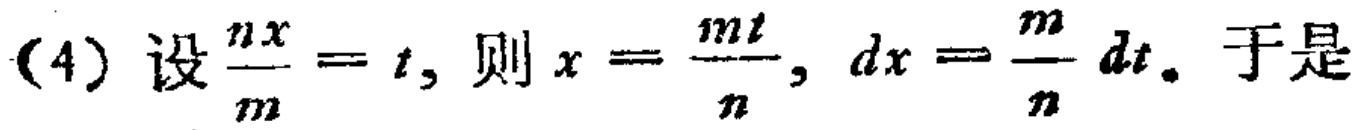
(4) 设$\frac{nx}{m}=t$, 则$x = \frac{mt}{n}$, $dx=\frac{m}{n}dt$. 于是